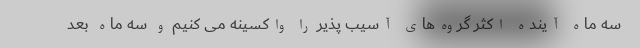
سه ماه آینده اکثر گروه‌های آسیب پذیر را واکسینه می کنیم و سه ماه بعد